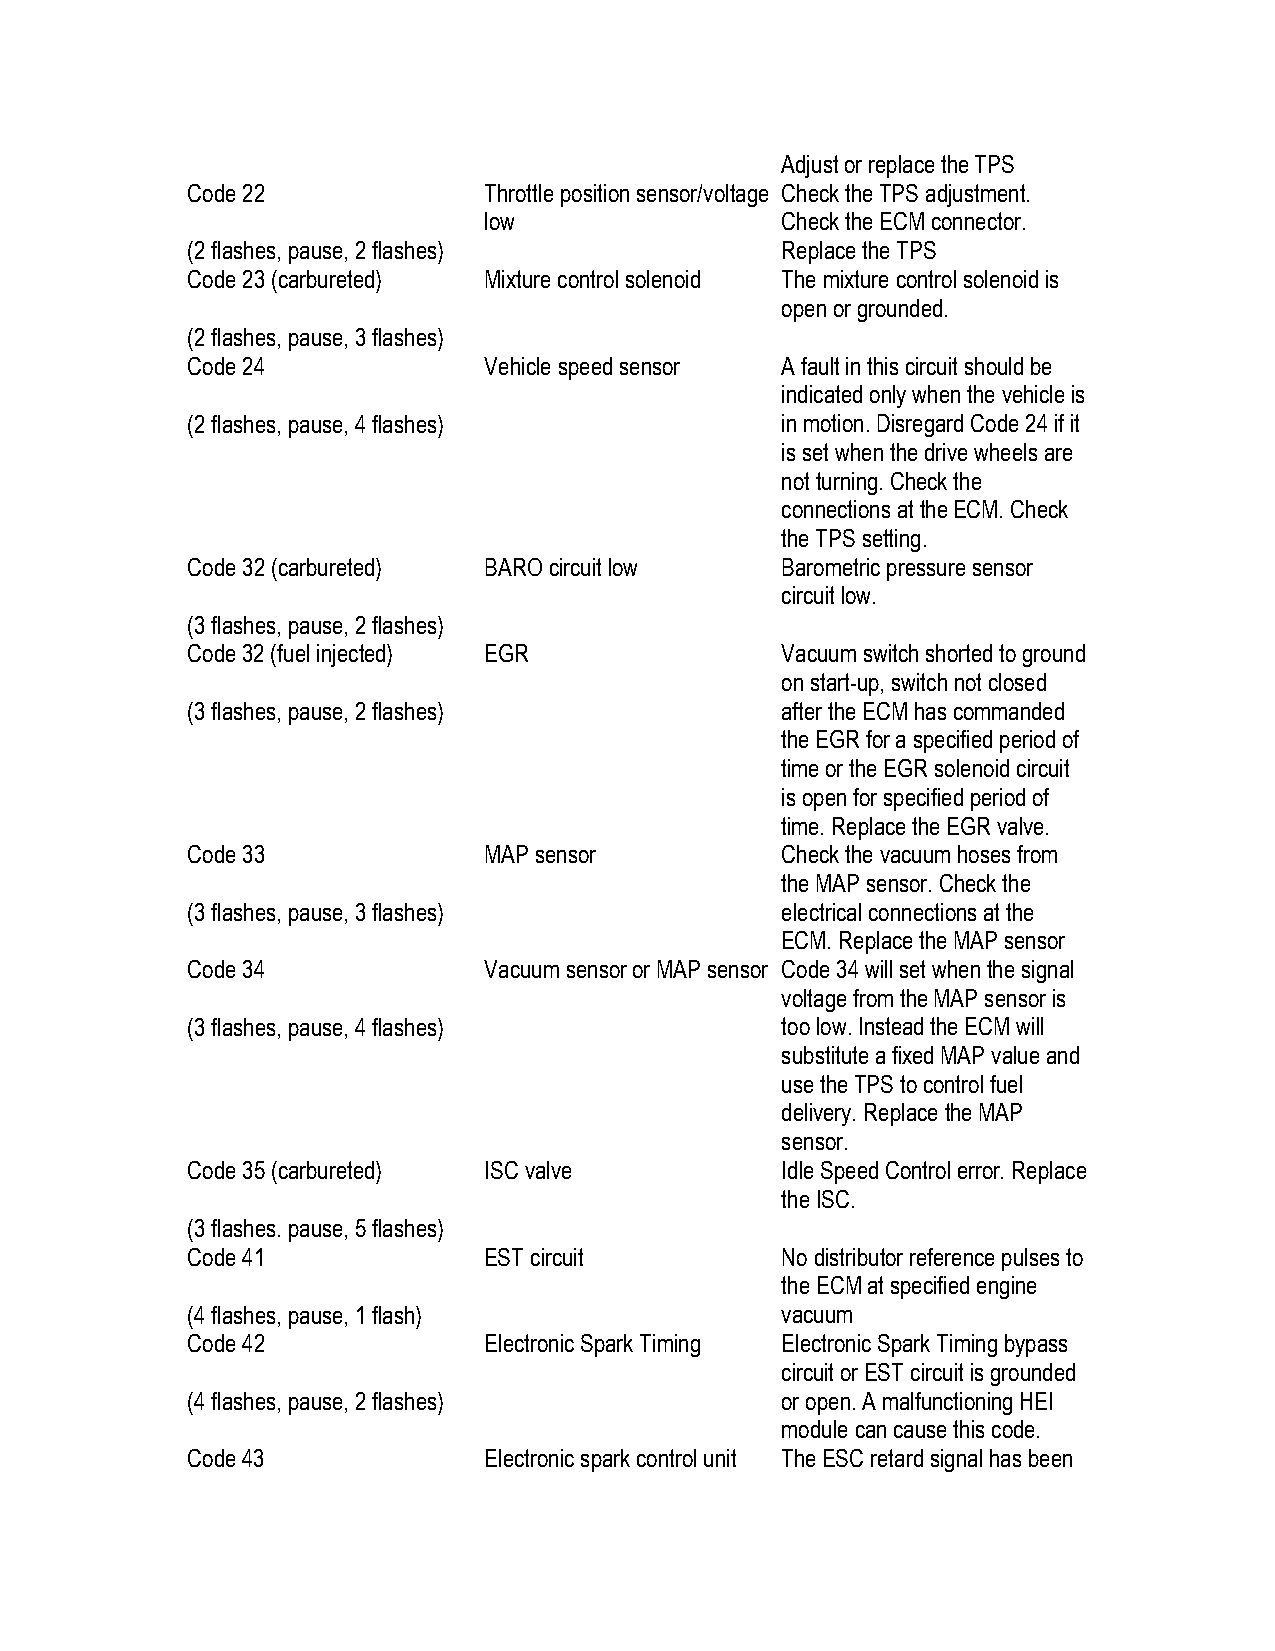
Adjust or replace the TPS
 Code 22             Throttle position sensor/voltage Check the TPS adjustment.
 low                 Check the ECM connector.
 (2 flashes, pause, 2 flashes)           Replace the TPS
 Code 23 (carbureted) Mixture control solenoid The mixture control solenoid is
 open or grounded.
 (2 flashes, pause, 3 flashes)
 Code 24             Vehicle speed sensor A fault in this circuit should be
 indicated only when the vehicle is
 (2 flashes, pause, 4 flashes)           in motion. Disregard Code 24 if it
 is set when the drive wheels are
 not turning. Check the
 connections at the ECM. Check
 the TPS setting.
 Code 32 (carbureted) BARO circuit low   Barometric pressure sensor
 circuit low.
 (3 flashes, pause, 2 flashes)
 Code 32 (fuel injected) EGR             Vacuum switch shorted to ground
 on start-up, switch not closed
 (3 flashes, pause, 2 flashes)           after the ECM has commanded
 the EGR for a specified period of
 time or the EGR solenoid circuit
 is open for specified period of
 time. Replace the EGR valve.
 Code 33             MAP sensor          Check the vacuum hoses from
 the MAP sensor. Check the
 (3 flashes, pause, 3 flashes)           electrical connections at the
 ECM. Replace the MAP sensor
 Code 34             Vacuum sensor or MAP sensor Code 34 will set when the signal
 voltage from the MAP sensor is
 (3 flashes, pause, 4 flashes)           too low. Instead the ECM will
 substitute a fixed MAP value and
 use the TPS to control fuel
 delivery. Replace the MAP
 sensor.
 Code 35 (carbureted) ISC valve          Idle Speed Control error. Replace
 the ISC.
 (3 flashes. pause, 5 flashes)
 Code 41             EST circuit         No distributor reference pulses to
 the ECM at specified engine
 (4 flashes, pause, 1 flash)             vacuum
 Code 42             Electronic Spark Timing Electronic Spark Timing bypass
 circuit or EST circuit is grounded
 (4 flashes, pause, 2 flashes)           or open. A malfunctioning HEI
 module can cause this code.
 Code 43             Electronic spark control unit The ESC retard signal has been